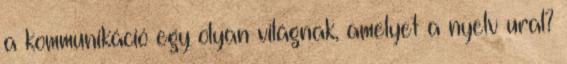
a kommunikáció egy olyan világnak, amelyet a nyelv ural?